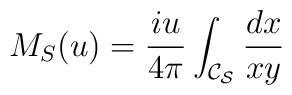
M_S(u)= \frac{iu}{4\pi}\int_{\cal C_S} \frac{dx}{xy}